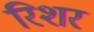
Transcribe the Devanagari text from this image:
रिशर